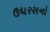
ઉધરસનો